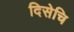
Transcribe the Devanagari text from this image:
दिसेचि